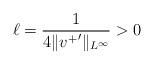
LaTeX: \begin{align*}\ell=\frac{1}{4\|{v^+}'\|_{L^\infty}}> 0\end{align*}